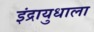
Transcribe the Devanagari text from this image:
इंद्रायुधाला